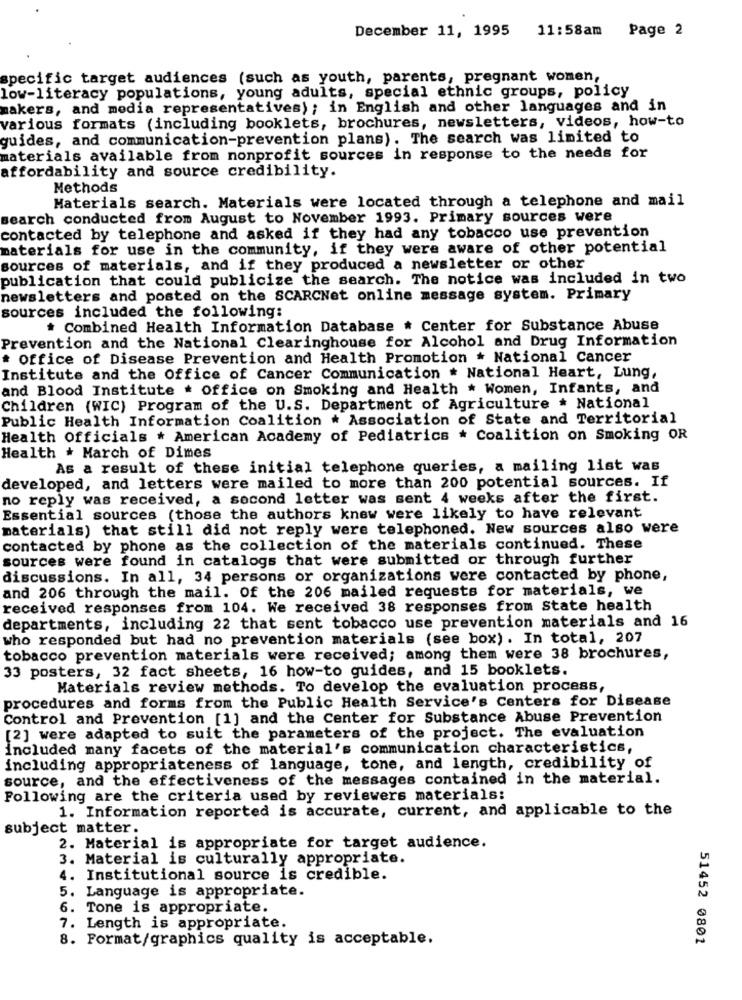
December 11, 1995
11:58am
Page 2
specific target audiences (such as youth, parents, pregnant women,
low-literacy populations, young adults, special ethnic groups, policy
makers, and media representatives) ; in English and other languages and in
various formats (including booklets, brochures, newsletters, videos, how-to
guides, and communication-prevention plans). The search was limited to
materials available from nonprofit sources in response to the needs for
affordability and source credibility.
Methods
Materials search. Materials were located through a telephone and mail
search conducted from August to November 1993. Primary sources were
contacted by telephone and asked if they had any tobacco use prevention
materials for use in the community, if they were aware of other potential
sources of materials, and if they produced a newsletter or other
publication that could publicize the search. The notice was included in two
newsletters and posted on the SCARCNet online message system. Primary
sources included the following:
* Combined Health Information Database # Center for Substance Abuse
Prevention and the National Clearinghouse for Alcohol and Drug Information
* Office of Disease Prevention and Health Promotion * National Cancer
Institute and the Office of Cancer Communication . National Heart, Lung,
and Blood Institute . Office on Smoking and Health * Women, Infants, and
Children (WIC) Program of the U.S. Department of Agriculture * National
Public Health Information Coalition * Association of State and Territorial
Health Officials . American Academy of Pediatrics * Coalition on Smoking OR
Health . March of Dimes
As a result of these initial telephone queries, a mailing list was
developed, and letters were mailed to more than 200 potential sources. If
no reply was received, a second letter was sent 4 weeks after the first.
Essential sources (those the authors knew were likely to have relevant
materials) that still did not reply were telephoned. New sources also were
contacted by phone as the collection of the materials continued. These
sources were found in catalogs that were submitted or through further
discussions. In all, 34 persons or organizations were contacted by phone,
and 206 through the mail. Of the 206 mailed requests for materials, we
received responses from 104. We received 38 responses from State health
departments, including 22 that sent tobacco use prevention materials and 16
who responded but had no prevention materials (see box) . In total, 207
tobacco prevention materials were received; among them were 38 brochures,
33 posters, 32 fact sheets, 16 how-to guides, and 15 booklets.
Materials review methods. To develop the evaluation process,
procedures and forms from the Public Health Service's Centers for Disease
Control and Prevention [1] and the Center for Substance Abuse Prevention
[2] were adapted to suit the parameters of the project. The evaluation
included many facets of the material's communication characteristics,
including appropriateness of language, tone, and length, credibility of
source, and the effectiveness of the messages contained in the material.
Following are the criteria used by reviewers materials:
1. Information reported is accurate, current, and applicable to the
subject matter.
2. Material is appropriate for target audience.
3. Material is culturally appropriate.
4. Institutional source is credible.
5. Language is appropriate.
6. Tone is appropriate.
7. Length is appropriate.
8. Format/graphics quality is acceptable.
51452 0801